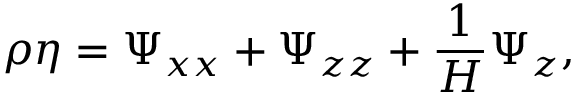
\rho \eta = \Psi _ { x x } + \Psi _ { z z } + \frac { 1 } { H } \Psi _ { z } ,